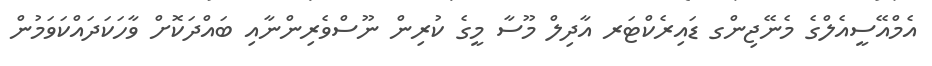
އެމްއޭސީއެލްގެ މެނޭޖިންގ ޑައިރެކްޓަރ އާދިލް މޫސާ މީގެ ކުރިން ނޫސްވެރިންނާއި ބައްދަކޮށް ވާހަކަދައްކަވަމުން